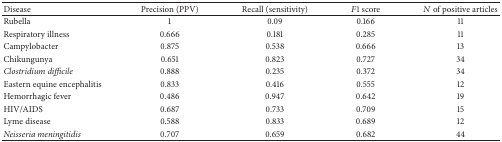
<table><thead><tr><td><b>Disease</b></td><td><b>Precision (PPV)</b></td><td><b>Recall (sensitivity)</b></td><td><b><i>F</i>1 score</b></td><td><b><i>N</i> of positive articles</b></td></tr></thead><tbody><tr><td>Rubella</td><td>1</td><td>0.09</td><td>0.166</td><td>11</td></tr><tr><td>Respiratory illness</td><td>0.666</td><td>0.181</td><td>0.285</td><td>11</td></tr><tr><td>Campylobacter</td><td>0.875</td><td>0.538</td><td>0.666</td><td>13</td></tr><tr><td>Chikungunya</td><td>0.651</td><td>0.823</td><td>0.727</td><td>34</td></tr><tr><td><i>Clostridium difficile</i></td><td>0.888</td><td>0.235</td><td>0.372</td><td>34</td></tr><tr><td>Eastern equine encephalitis</td><td>0.833</td><td>0.416</td><td>0.555</td><td>12</td></tr><tr><td>Hemorrhagic fever</td><td>0.486</td><td>0.947</td><td>0.642</td><td>19</td></tr><tr><td>HIV/AIDS</td><td>0.687</td><td>0.733</td><td>0.709</td><td>15</td></tr><tr><td>Lyme disease</td><td>0.588</td><td>0.833</td><td>0.689</td><td>12</td></tr><tr><td><i>Neisseria meningitidis</i></td><td>0.707</td><td>0.659</td><td>0.682</td><td>44</td></tr></tbody></table>